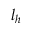
\boldsymbol { l } _ { h }